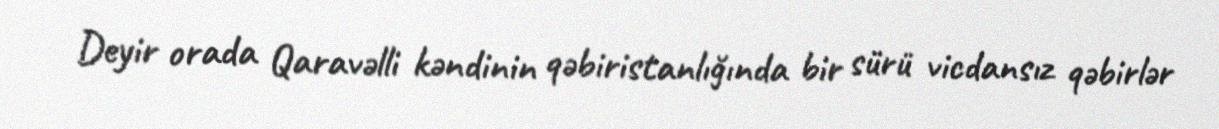
Deyir orada Qaravəlli kəndinin qəbiristanlığında bir sürü vicdansız qəbirlər